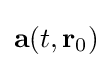
\mathbf {a} (t,\mathbf {r} _{0})